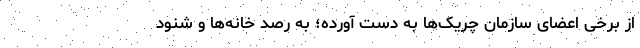
از برخی اعضای سازمان چریک‌ها به دست آورده؛ به رصدِ خانه‌ها و شنود